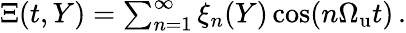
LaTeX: \begin{array}{r}{\Xi(t,Y)=\sum_{n=1}^{\infty}\xi_{n}(Y)\cos(n{\Omega_{\mathrm{u}}}t)\, .}\end{array}